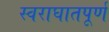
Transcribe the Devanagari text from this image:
स्वराघातपूर्ण